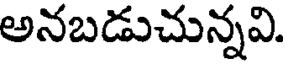
అనబడుచున్నవి.